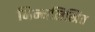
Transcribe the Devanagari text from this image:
निन्नलिखित